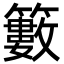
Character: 籔